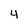
Character: 4